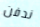
ندفن